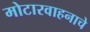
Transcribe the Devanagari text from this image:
मोटारवाहनाचे